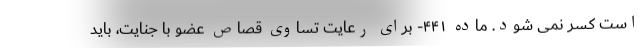
است کسر نمی شود. ماده ۴۴۱- برای رعایت تساوی قصاص عضو با جنایت، باید